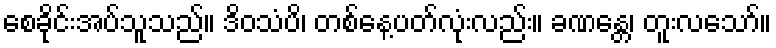
စေခိုင်းအပ်သူသည်။ ဒိဝသံပိ၊ တစ်နေ့ပတ်လုံးလည်း။ ခဏန္တေ၊ တူးလသော်။